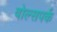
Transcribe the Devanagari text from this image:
वोल्सपर्क